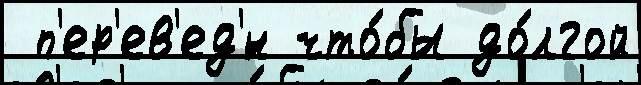
 п'ер'ев'ед'́н что́бы до́лгой